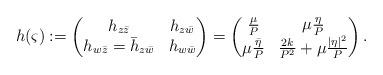
LaTeX: \begin{align*}h(\varsigma):=\left(\begin{matrix}h_{z\bar{z}} & h_{z\bar{w}}\\ h_{w\bar{z}}=\bar{h}_{z\bar{w}} & h_{w\bar{w}}\end{matrix}\right) =\left(\begin{matrix} \frac{\mu}{P} & \mu \frac{\eta}{P} \\\mu\frac{\bar{\eta}}{P} &\frac{2k}{P^2}+\mu\frac{|\eta|^2}{P}\end{matrix}\right).\end{align*}